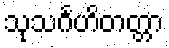
သုသင်္ဂဟိတတ္တာ